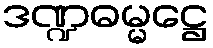
ဒဏ္ဍဓမ္မဋ္ဌေ